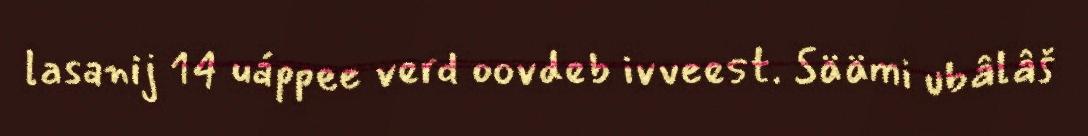
lasanij 14 uáppee verd oovdeb ivveest. Säämi ubâlâš